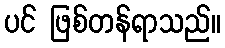
ပင် ဖြစ်တန်ရာသည်။